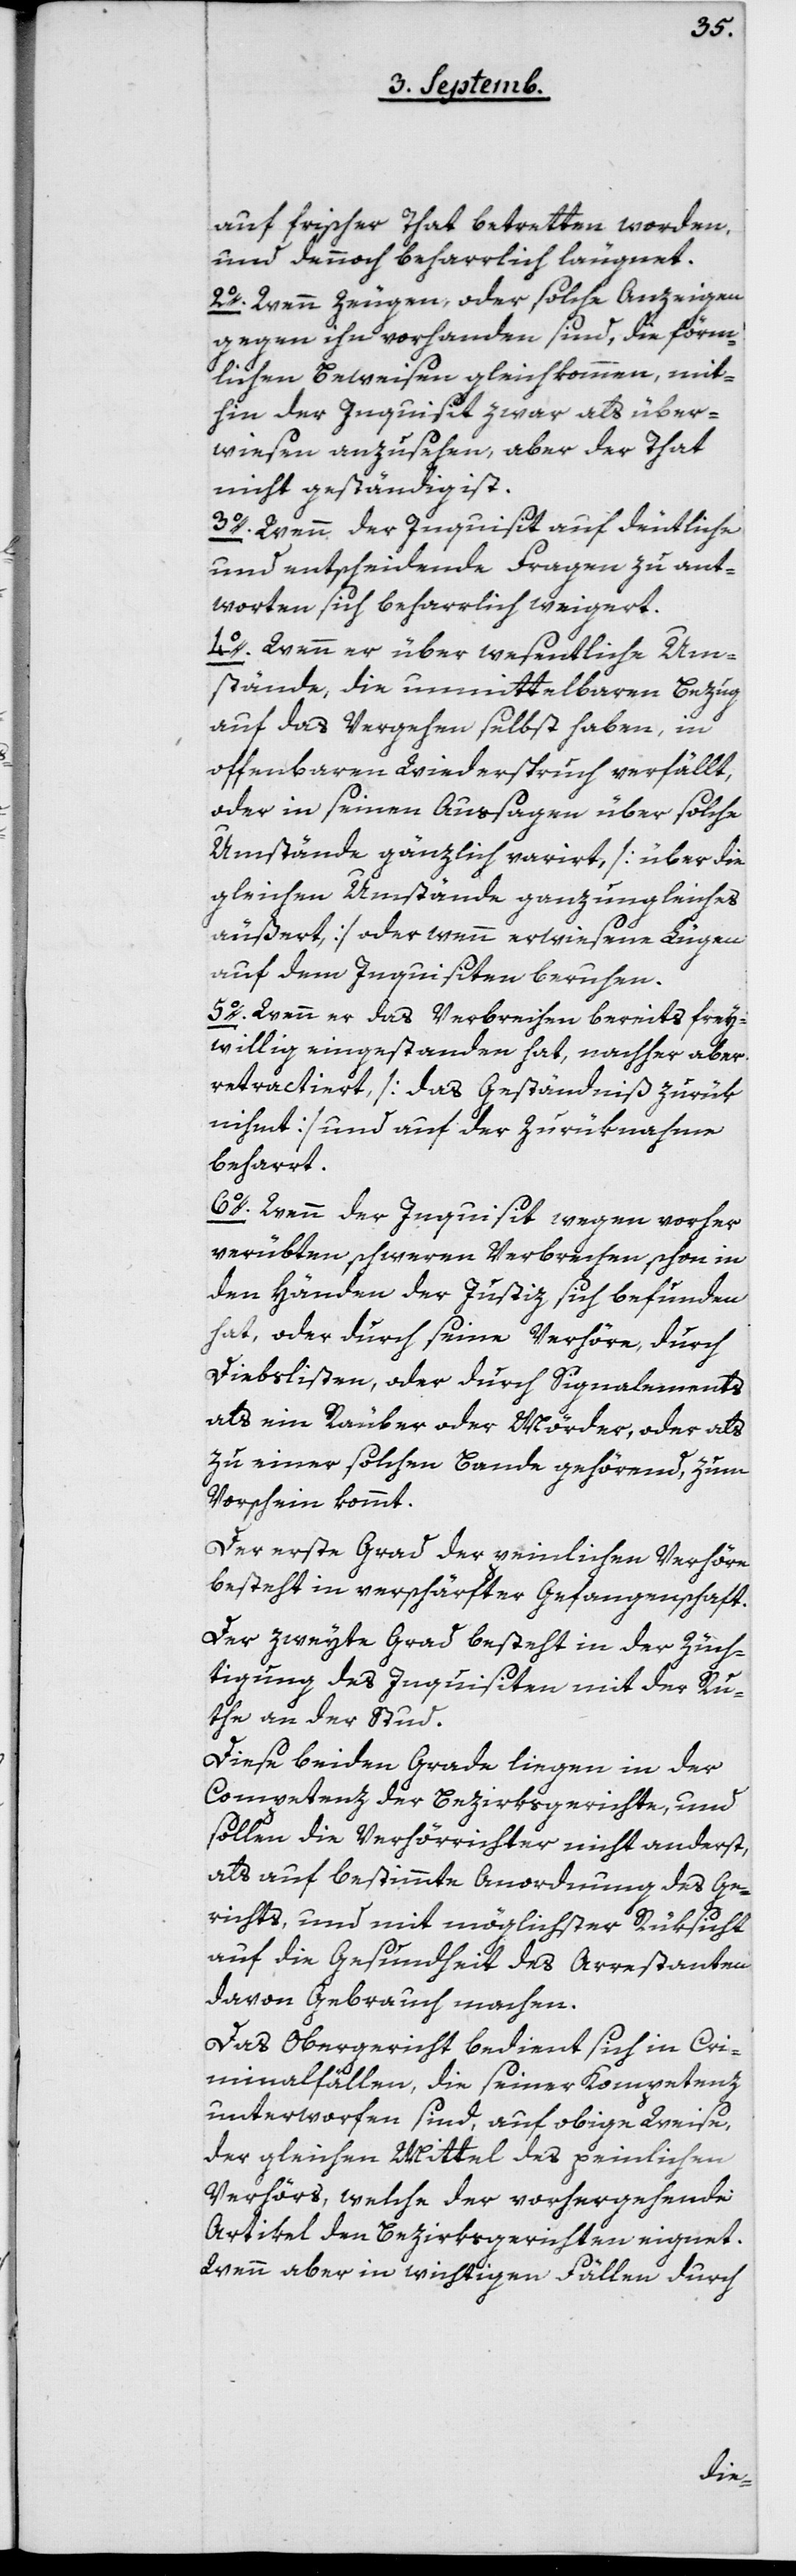
auf frischer That betretten worden,
und dennoch beharrlich leugnet.
2o Wenn Zeugen, oder solche Anzeigen
gegen ihn vorhanden sind, die förm¬
lichen Beweisen gleichkommen, mit¬
hin der Inquisit zwar als über¬
wiesen anzusehen, aber der Thhat
nicht geständig ist.
3o Wenn der Inquisit auf deutliche
und entscheidende Fragen zu ant¬
worten sich beharrlich weigert.
4o Wenn er über wesentliche Um¬
stände, die unmittelbaren Bezug
auf das Vergehen selbst haben, in
offenbaren Widerspruch verfällt,
oder in seinen Aussagen über solche
Umstände gänzlich verirrt [über die
gleichen Umstände ganz Ungleiches
äußert] oder wenn erwiesene Lügen
auf dem Inquisiten beruhen.
5o Wenn er das Verbrechen bereits frey¬
willig eingestanden hat, nachher aber
retractiert, [das Geständniß zurük
nihmt] und auf der Zurüknahme
beharrt.
6o Wenn der Inquisit wegen vorher
verübten schweren Verbrechen schon in
den Händen der Justiz sich befunden
hat, oder durch seine Verhöre, durch
Diebslisten, oder durch Signalements
als ein Räuber oder Mörder, oder als
zu einer solchen Bande gehörend, zum
Vorschein kommt.
Der erste Grad der peinlichen Verhöre
besteht in verschärfter Gefangenschaft.
Der zweyte Grad besteht in der Züch¬
tigung des Inquisiten mit der Ru¬
te an der Stud.
Diese beiden Grade liegen in der
Competenz der Bezirksgerichte, und
sollen die Verhörrichter nicht anderst,
als auf bestimmte Anordnung des Ge¬
richts, und mit möglichster Rüksicht
auf die Gesundheit des Arrestanten
davon Gebrauch machen.
Das Obergericht bedient sich in Cri¬
minalfällen, die seiner Kompetenz
unterworfen sind, auf obige Weise,
der gleichen Mittel des peinlichen
Verhörs, welche der vorhergehende
Artikel den Bezirksgerichten eignet.
Wenn aber in wichtigen Fällen durch